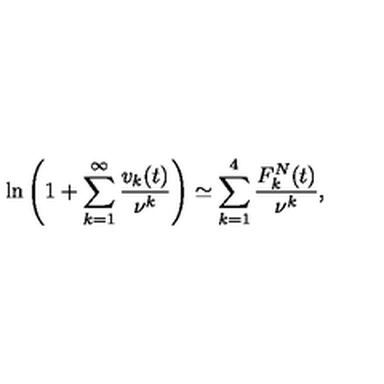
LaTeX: \ln \left( 1 + \sum _ { k = 1 } ^ { \infty } \frac { v _ { k } ( t ) } { \nu ^ { k } } \right) \simeq \sum _ { k = 1 } ^ { 4 } \frac { F _ { k } ^ { N } ( t ) } { \nu ^ { k } } { , }